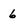
Character: 6